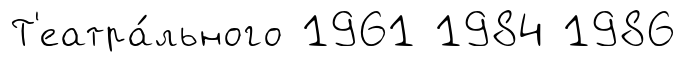
Т'еатра́льного 1961 1984 1986